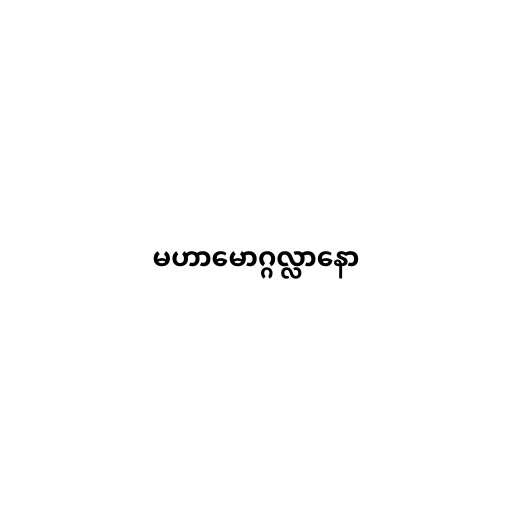
မဟာမောဂ္ဂလ္လာနော